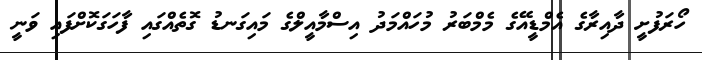
ހޯރަފުށީ ދާއިރާގެ އެމްޑީއޭގެ މެމްބަރު މުހައްމަދު އިސްމާއީލްގެ މައިގަނޑު ގޮތެއްގައި ފާހަގަކޮށްފައި ވަނީ